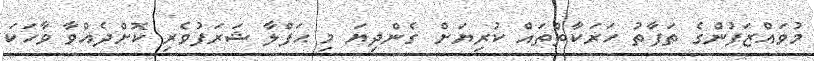
މުވައްޒަފުންގެ ތަފާތު ހަރަކާތްތައް ކުރިޔަށް ގެންދިޔަ މި ޙަފްލާ ޝަރަފުވެރި ކޮށްދެއްވާ ވާހަކަ